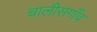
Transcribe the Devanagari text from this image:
चालीसगाँव